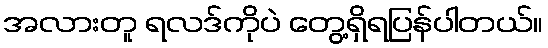
အလားတူ ရလဒ်ကိုပဲ တွေ့ရှိရပြန်ပါတယ်။